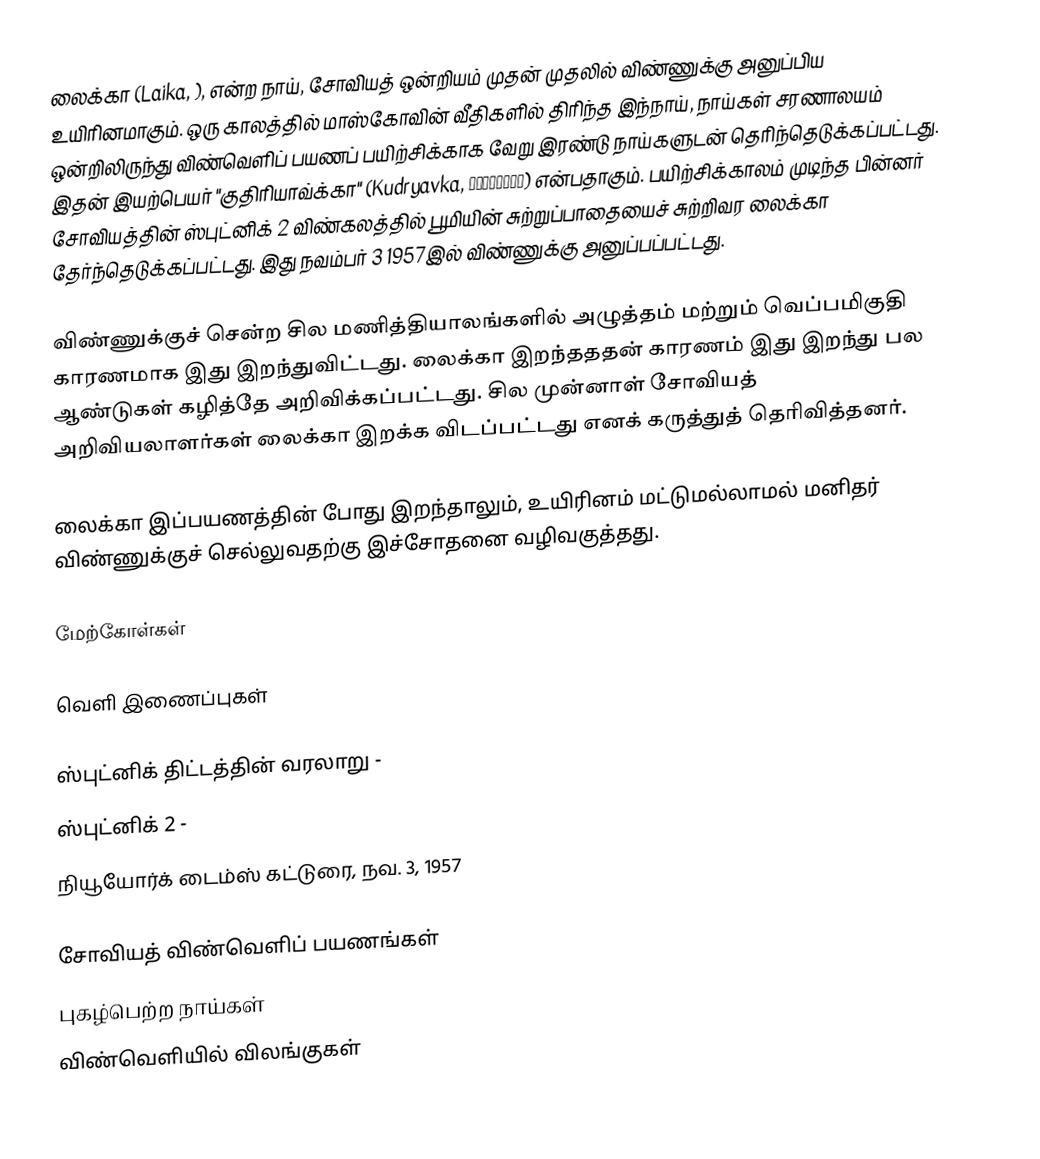
லைக்கா (Laika, ), என்ற நாய், சோவியத் ஒன்றியம் முதன் முதலில் விண்ணுக்கு அனுப்பிய உயிரினமாகும். ஒரு காலத்தில் மாஸ்கோவின் வீதிகளில் திரிந்த இந்நாய், நாய்கள் சரணாலயம் ஒன்றிலிருந்து விண்வெளிப் பயணப் பயிற்சிக்காக வேறு இரண்டு நாய்களுடன் தெரிந்தெடுக்கப்பட்டது. இதன் இயற்பெயர் "குதிரியாவ்க்கா" (Kudryavka, кудрявка) என்பதாகும். பயிற்சிக்காலம் முடிந்த பின்னர் சோவியத்தின் ஸ்புட்னிக் 2 விண்கலத்தில் பூமியின் சுற்றுப்பாதையைச் சுற்றிவர லைக்கா தேர்ந்தெடுக்கப்பட்டது. இது நவம்பர் 3 1957இல் விண்ணுக்கு அனுப்பப்பட்டது.

விண்ணுக்குச் சென்ற சில மணித்தியாலங்களில் அழுத்தம் மற்றும் வெப்பமிகுதி காரணமாக இது இறந்துவிட்டது. லைக்கா இறந்தததன் காரணம் இது இறந்து பல ஆண்டுகள் கழித்தே அறிவிக்கப்பட்டது. சில முன்னாள் சோவியத் அறிவியலாளர்கள் லைக்கா இறக்க விடப்பட்டது எனக் கருத்துத் தெரிவித்தனர்.

லைக்கா இப்பயணத்தின் போது இறந்தாலும், உயிரினம் மட்டுமல்லாமல் மனிதர் விண்ணுக்குச் செல்லுவதற்கு இச்சோதனை வழிவகுத்தது.

மேற்கோள்கள்

வெளி இணைப்புகள்

 ஸ்புட்னிக் திட்டத்தின் வரலாறு -
 ஸ்புட்னிக் 2 -
 நியூயோர்க் டைம்ஸ் கட்டுரை, நவ. 3, 1957

சோவியத் விண்வெளிப் பயணங்கள்
புகழ்பெற்ற நாய்கள்
விண்வெளியில் விலங்குகள்